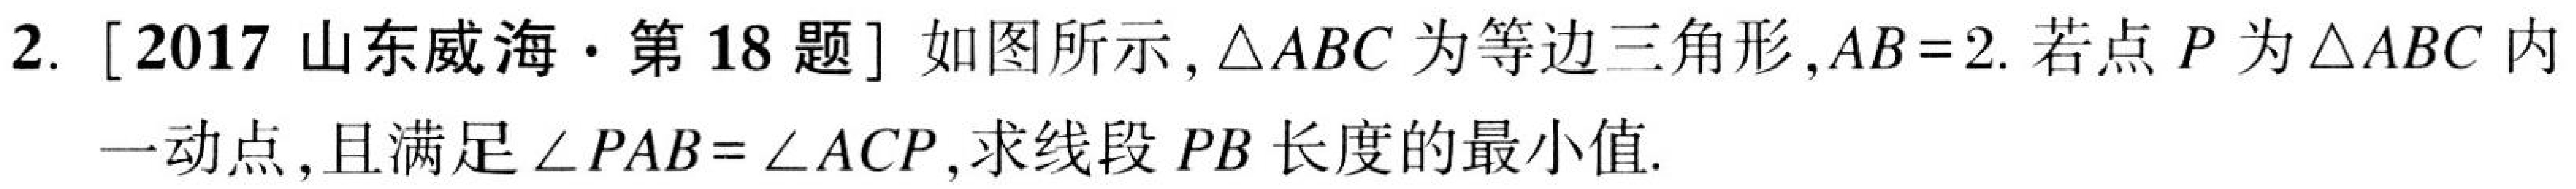
2. [2017山东威海·第18题] 如图所示，\(\triangle ABC\)为等边三角形，\(AB = 2\). 若点\(P\)为\(\triangle ABC\)内
一动点，且满足\(\angle PAB=\angle ACP\)，求线段\(PB\)长度的最小值.